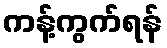
ကန့်ကွက်ရန်